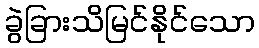
ခွဲခြားသိမြင်နိုင်သော